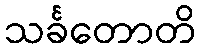
သင်္ခတောတိ